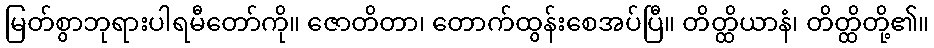
မြတ်စွာဘုရားပါရမီတော်ကို။ ဇောတိတာ၊ တောက်ထွန်းစေအပ်ပြီ။ တိတ္ထိယာနံ၊ တိတ္ထိတို့၏။